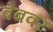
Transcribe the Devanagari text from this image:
वेबवर